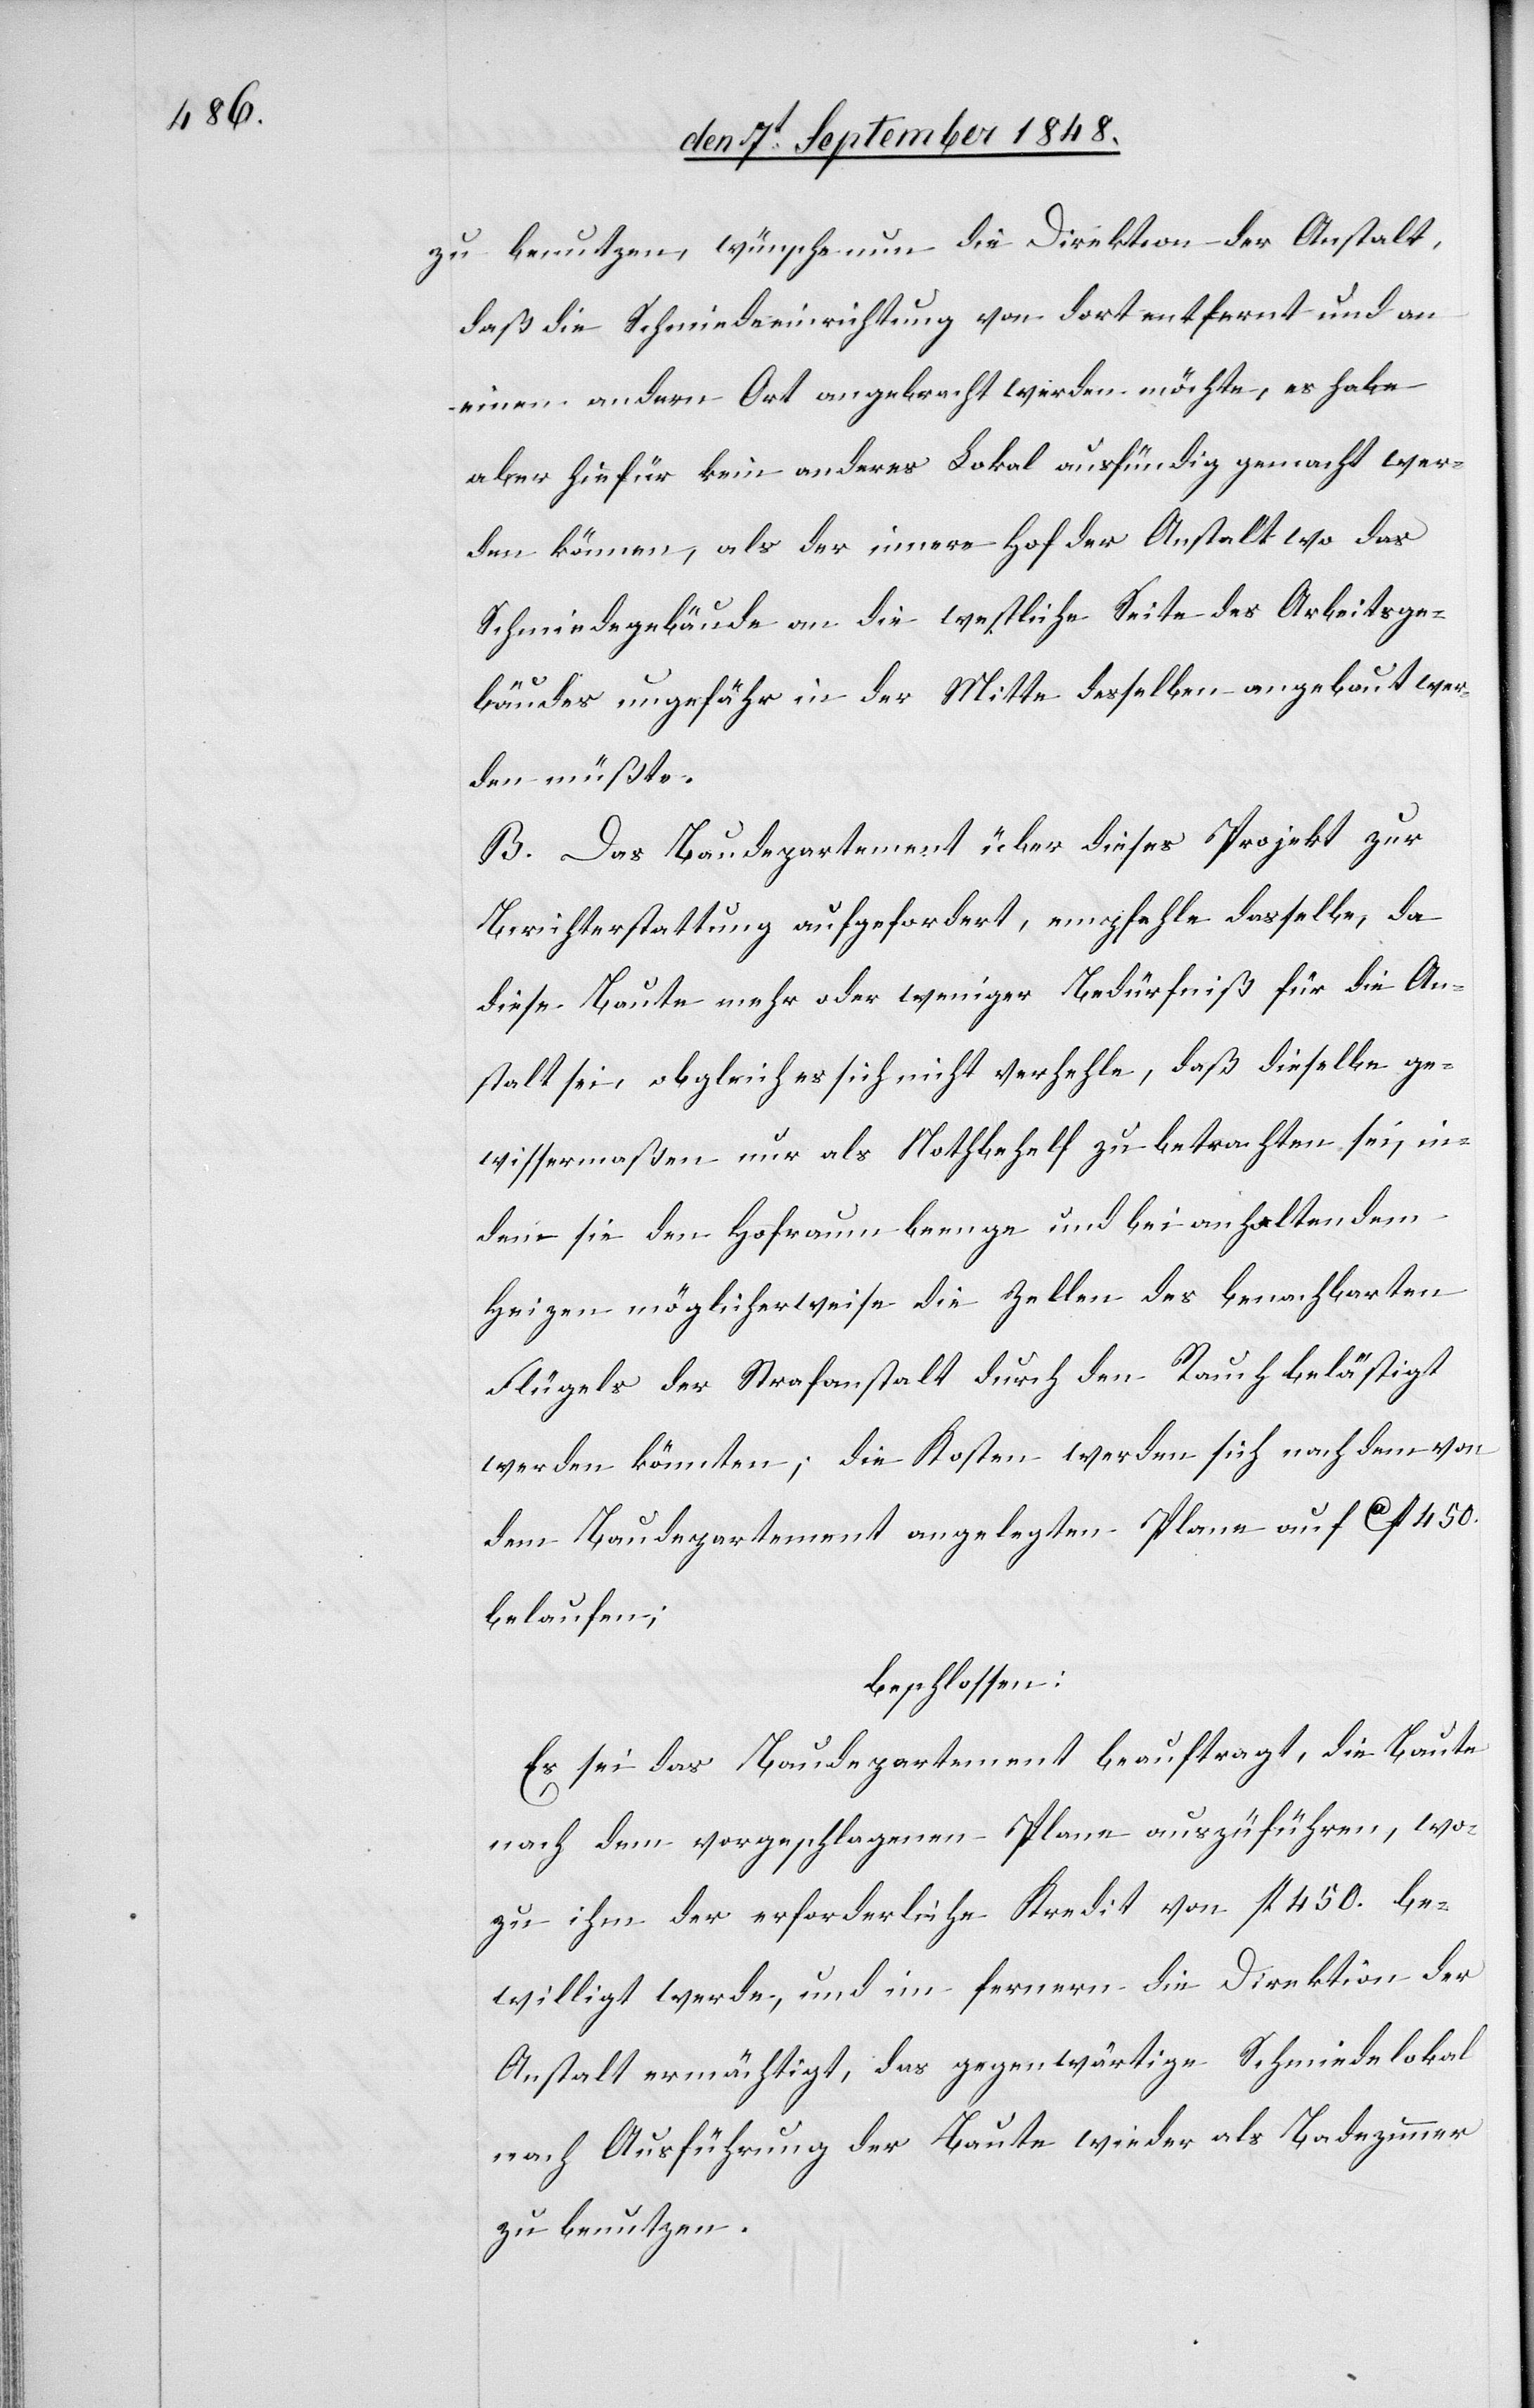
zu benutzen, wünsche nun die Direktion der Anstalt,
daß die Schmiedeeinrichtung von dort entfernt und an
einen andern Ort angebracht werden möchte, es habe
aber hiefür kein anderes Lokal ausfündig gemacht wer¬
den können, als der innere Hof der Anstalt wo das
Schmiedegebäude an die westliche Seite des Arbeitsge¬
bäudes ungefähr in der Mitte desselben angebaut wer¬
den müßte.
B. Das Baudepartement über dieses Projekt zur
Berichterstattung aufgefordert, empfehle dasselbe, da
diese Baute mehr oder weniger Bedürfniß für die An¬
stalt sei, obgleich es sich nicht verhehle, daß dieselbe ge¬
wissermaßen nur als Nothbefehl zu betrachten sei, in¬
dem sie den Hofraum beenge und bei anhaltendem
Heizen möglicherweise die Zellen des benachbarten
Flügels der Strafanstalt durch den Rauch belästigt
werden könnten; die Kosten werden sich nach dem von
dem Baudepartement angelegten Plane auf ca. fl. 450.
belaufen;
beschlossen:
Es sei das Baudepartement beauftragt, diese Baute
nach dem vorgeschlagenen Plane auszuführen, wo¬
zu ihm der erforderliche Kredit von fl. 450. be¬
willigt werde, und im fernern die Direktion der
Anstalt ermächtigt, das gegenwärtige Schmiedelokal
nach Ausführung der Baute wieder als Badezimmer
zu benutzen.